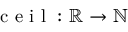
\mathrm { ~ c ~ e ~ i ~ l ~ } : \mathbb { R } \rightarrow \mathbb { N }